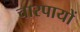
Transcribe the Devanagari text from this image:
चारपायों